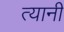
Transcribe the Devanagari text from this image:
त्‍यानी